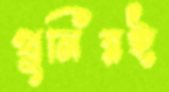
খুনিরই